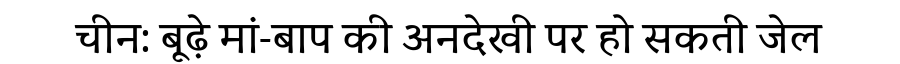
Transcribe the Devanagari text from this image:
चीन: बूढ़े मां-बाप की अनदेखी पर हो सकती जेल